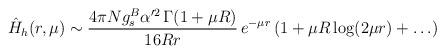
LaTeX: \begin{align*}\hat{H}_h(r, \mu) \sim \frac{4\pi N g^B_s \alpha^{\prime2}\,{\Gamma(1+\mu R)}}{16Rr} \, e^{-\mu r}\,(1+\mu R \log(2\mu r)+\ldots)\end{align*}